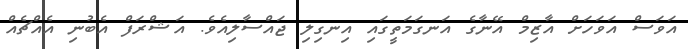
އަވަސް އަވަހަށް އާޒިމް އޭނާގެ އަނގަމަތީގައި އިނގިލި ޖައްސާލިއެވެ. އަޝްރަފް އެބުނި އެއްޗެއް